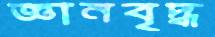
জ্ঞানবৃদ্ধ